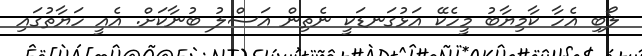
ލޯބި އެހާ ކާމިޔާބު މީހެކޭ އަޅުގަނޑަކީ ނެތިން އަސްލު ބުނާކަށް. އެއީ ހަޔާތުގައި